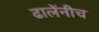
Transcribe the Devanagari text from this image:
ढालेंनीच